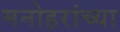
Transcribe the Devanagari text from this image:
मनोहरांच्या